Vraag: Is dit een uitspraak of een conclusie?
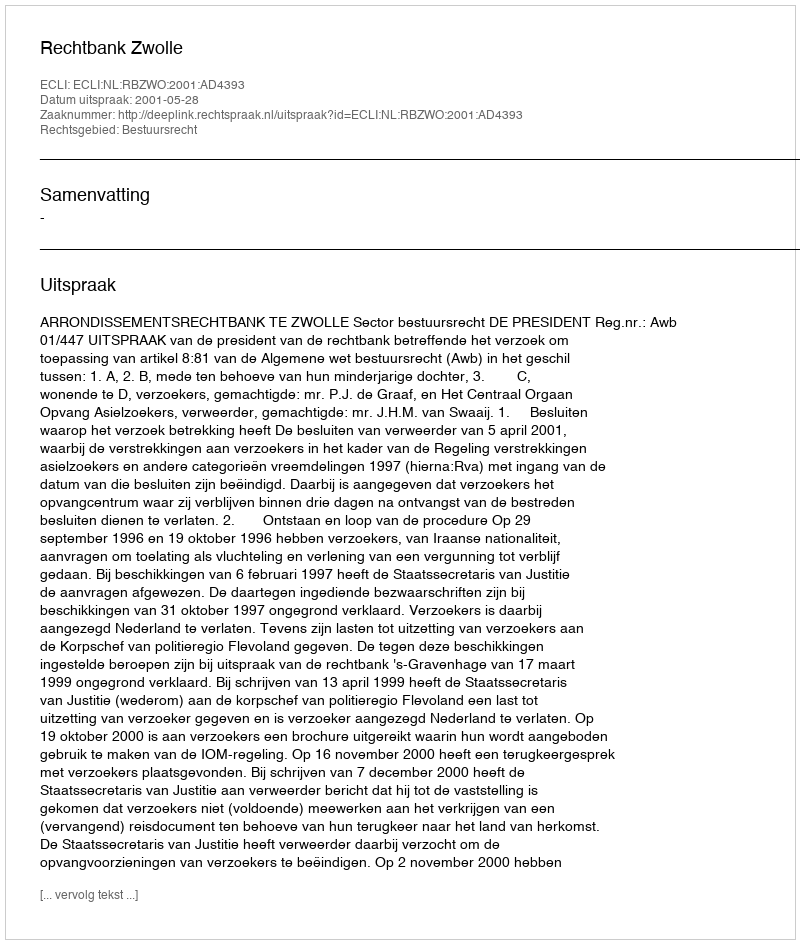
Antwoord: Uitspraak